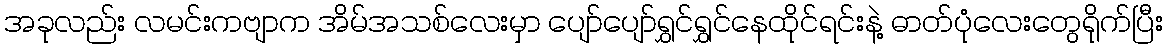
အခုလည်း လမင်းကဗျာက အိမ်အသစ်လေးမှာ ပျော်ပျော်ရွှင်ရွှင်နေထိုင်ရင်းနဲ့ ဓာတ်ပုံလေးတွေရိုက်ပြီး